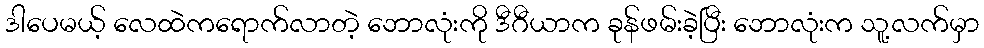
ဒါပေမယ့် လေထဲကရောက်လာတဲ့ ဘောလုံးကို ဒီဂီယာက ခုန်ဖမ်းခဲ့ပြီး ဘောလုံးက သူ့လက်မှာ